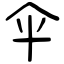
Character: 伞